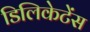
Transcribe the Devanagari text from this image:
डिलिकेटेंस